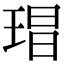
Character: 𭹕